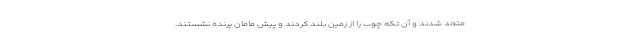
متحد شدند و آن تکه چوب را از زمین بلند کردند و پیش مامان پرنده نشستند.